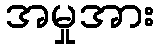
အမှုအား